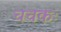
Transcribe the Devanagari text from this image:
चचकः